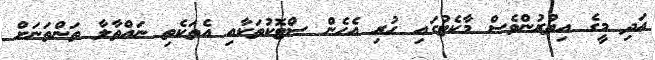
އަދި މީގެ އިތުރުންވެސް މާކެޓުގައި ހުރި އެހެން ސްޓޮކުތަކާއި އެތަކެތި ނައްތާލާ ތަންތަނަށް